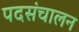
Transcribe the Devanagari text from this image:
पदसंचालन